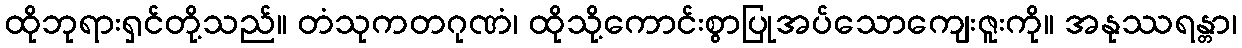
ထိုဘုရားရှင်တို့သည်။ တံသုကတဂုဏံ၊ ထိုသို့ကောင်းစွာပြုအပ်သောကျေးဇူးကို။ အနုဿရန္တာ၊